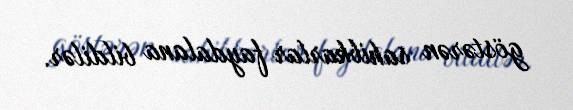
göstərən sahibkarlar faydalana bildilər.